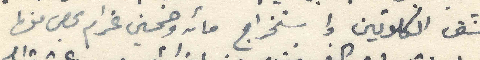
شق الكلوتين واستخراج مائة وخمسين غرام بحص منها